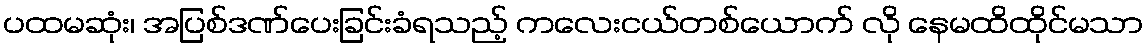
ပထမဆုံး၊ အပြစ်ဒဏ်ပေးခြင်းခံရသည့် ကလေးငယ်တစ်ယောက် လို နေမထိထိုင်မသာ